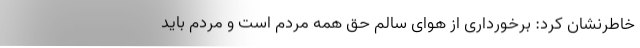
خاطرنشان کرد: برخورداری از هوای سالم حق همه مردم است و مردم باید